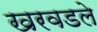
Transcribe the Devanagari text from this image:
खरवडले